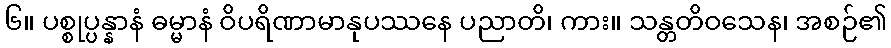
၆။ ပစ္စုပ္ပန္နာနံ ဓမ္မာနံ ဝိပရိဏာမာနုပဿနေ ပညာတိ၊ ကား။ သန္တတိဝသေန၊ အစဉ်၏